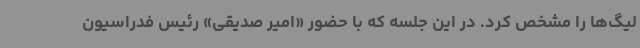
لیگ‌ها را مشخص کرد. در این جلسه که با حضور «امیر صدیقی» رئیس فدراسیون